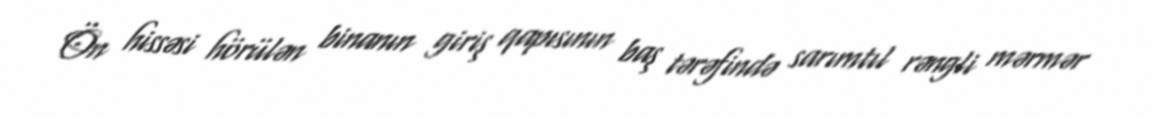
Ön hissəsi hörülən binanın giriş qapısının baş tərəfində sarımtıl rəngli mərmər